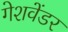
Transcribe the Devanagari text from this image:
गेशवेंडर